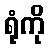
ရုံကို